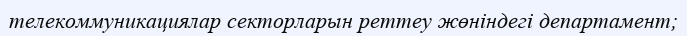
телекоммуникациялар секторларын реттеу жөніндегі департамент;